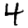
Digit: 4